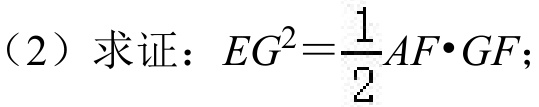
（2）求证：\(EG^{2}=\frac{1}{2}AF\cdot GF\)；